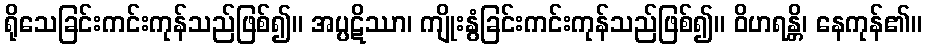
ရိုသေခြင်းကင်းကုန်သည်ဖြစ်၍။ အပ္ပဋိဿာ၊ ကျိုးနွံခြင်းကင်းကုန်သည်ဖြစ်၍။ ဝိဟရန္တိ၊ နေကုန်၏။